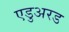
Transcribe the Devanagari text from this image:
एडुअरड